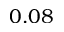
0 . 0 8